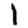
Digit: 1